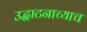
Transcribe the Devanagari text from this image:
उद्घाटनाच्याच